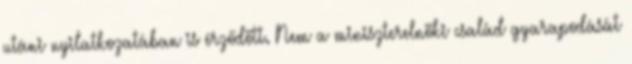
utáni nyilatkozatában is érződött. Nem a miniszterelnöki család gyarapodását